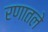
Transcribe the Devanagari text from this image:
रणातले